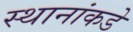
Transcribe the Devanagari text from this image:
स्थानांकडे